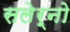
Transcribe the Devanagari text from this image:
सलेर्नो